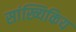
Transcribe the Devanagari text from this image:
सांख्यिकिय